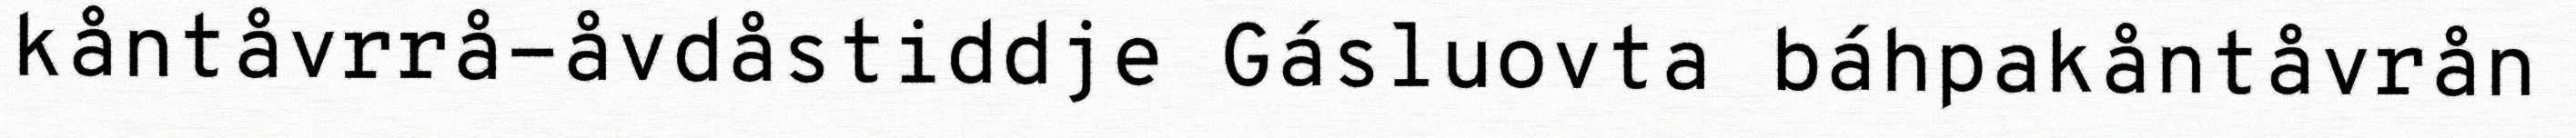
kåntåvrrå-åvdåstiddje Gásluovta báhpakåntåvrån